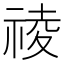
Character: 祾